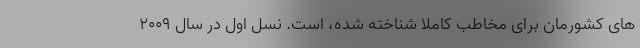
های کشورمان برای مخاطب کاملا شناخته شده، است. نسل اول در سال 2009